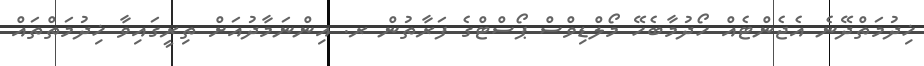
ޚިދުމަތްދޭނެ އެޖެންޓެއް ހޯދުމާބެހޭ މޯލްޑިވްސް ޕޯސްޓްގެ ފަރާތުން ރ. އިންނަމާދުއަށް ތިރީގައިވާ ޚިދުމަތްތައް